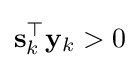
\mathbf {s} _{k}^{\top }\mathbf {y} _{k}>0